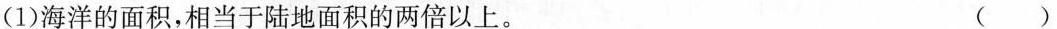
(1)海洋的面积，相当于陆地面积的两倍以上。 ( )